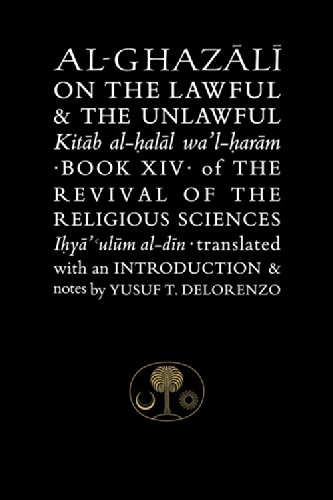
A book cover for Al-Ghazali on the Lawful & the Unlawful: Book XIV of the Revival of the Religious Sciences (Ghazali Series); Abu Hamid Al-Ghazali; Religion & Spirituality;